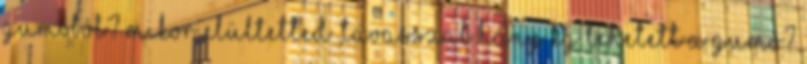
gumóból? Mikor elültetted ,tavasszal hány kg lehetett a gumó?